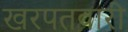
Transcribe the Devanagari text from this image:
खरपतवारी